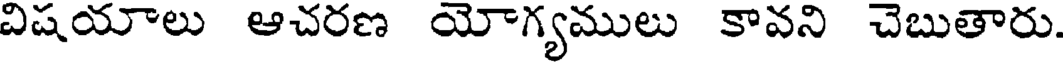
విషయాలు ఆచరణ యోగ్యములు కావని చెబుతారు.